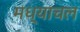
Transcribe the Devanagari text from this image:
मध्याचल